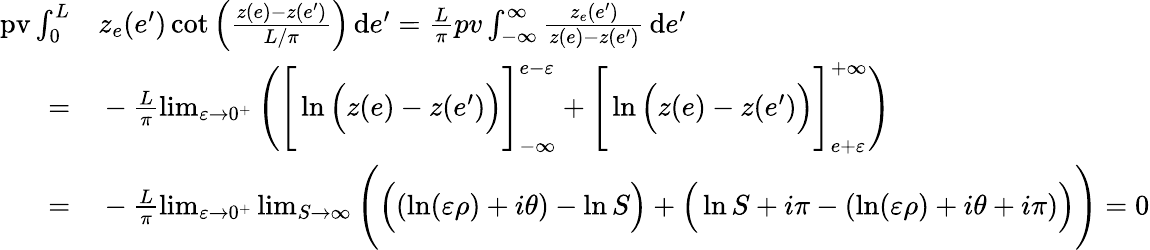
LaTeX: \begin{array}{rl}{\mathrm{pv}\int_{0}^{L}}&{{}z_{e}(e^{\prime})\cot\Big(\frac{z(e)-z(e^{\prime})}{L/\pi}\Big)\, \mathrm{d}e^{\prime}=\frac{L}{\pi}pv\int_{-\infty}^{\infty}\frac{z_{e}(e^{\prime})}{z(e)-z(e^{\prime})}\, \mathrm{d}e^{\prime}}\\ {=}&{{}-\frac{L}{\pi}\operatorname*{lim}_{\varepsilon\to 0^{+}}\Bigg(\Bigg[\ln\Big(z(e)-z(e^{\prime})\Big)\Bigg]_{-\infty}^{e-\varepsilon}+\Bigg[\ln\Big(z(e)-z(e^{\prime})\Big)\Bigg]_{e+\varepsilon}^{+\infty}\Bigg)}\\ {=}&{{}-\frac{L}{\pi}\operatorname*{lim}_{\varepsilon\to 0^{+}}\operatorname*{lim}_{S\to\infty}\Bigg(\Big((\ln(\varepsilon\rho)+i\theta)-\ln S\Big)+\Big(\ln S+i\pi-(\ln(\varepsilon\rho)+i\theta+i\pi)\Big)\Bigg)=0}\end{array}